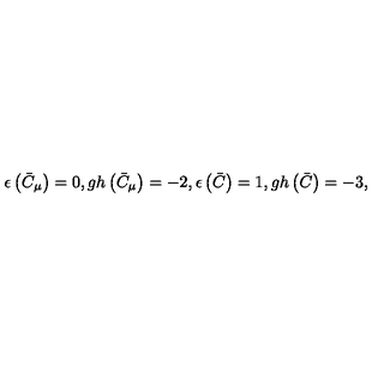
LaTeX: \epsilon \left( \bar { C } _ { \mu } \right) = 0 , g h \left( \bar { C } _ { \mu } \right) = - 2 , \epsilon \left( \bar { C } \right) = 1 , g h \left( \bar { C } \right) = - 3 ,